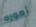
أموره